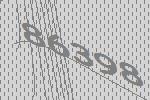
86398